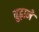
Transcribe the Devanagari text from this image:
बुढ़ाने